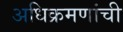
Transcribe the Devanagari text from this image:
अधिक्रमणांची